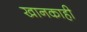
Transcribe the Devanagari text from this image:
खानकाही